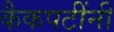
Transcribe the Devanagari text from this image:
कैकपटींनी